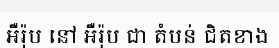
អឺរ៉ុប នៅ អឺរ៉ុប ជា តំបន់ ជិតខាង